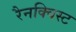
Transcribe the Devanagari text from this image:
रैनक्विस्ट